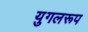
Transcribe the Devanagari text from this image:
युगलरूप